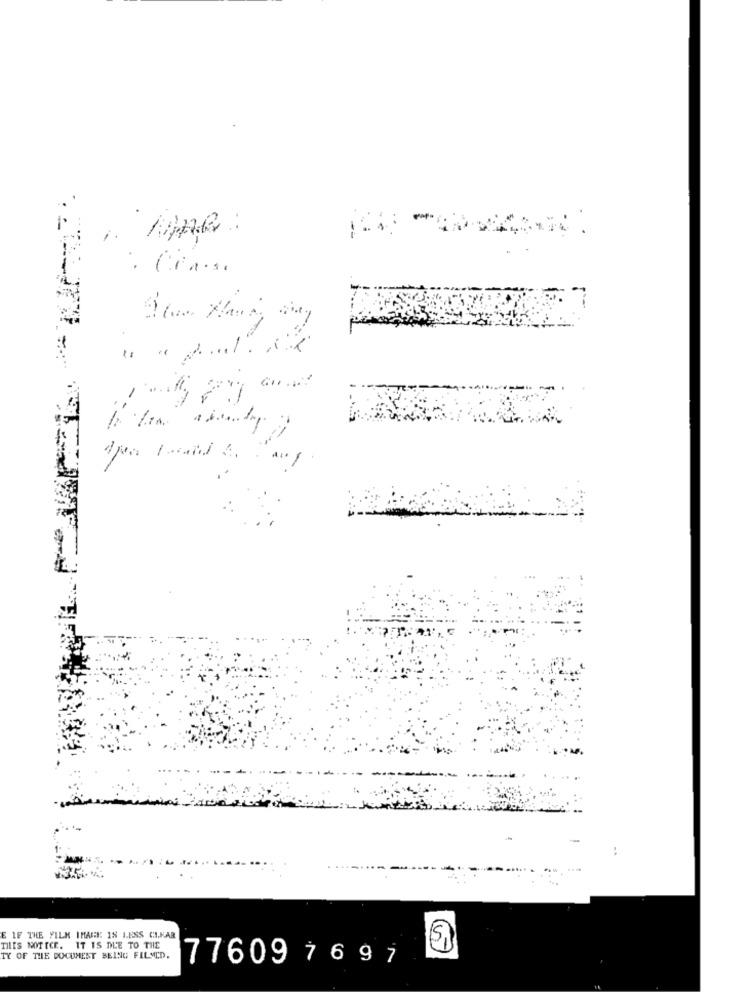
· MAG:
E 1F THE FILM IMAGE IS LESS CIKAR
THIS NOTICE. IT IS DUE TO THE
TY OF THE DOCUMENT BEING FILMED.
776097697